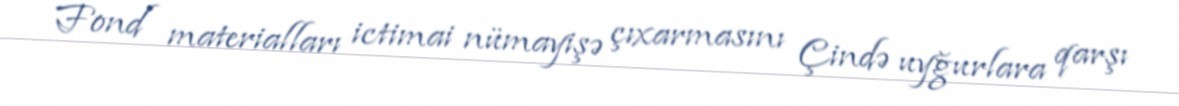
Fond materialları ictimai nümayişə çıxarmasını Çində uyğurlara qarşı